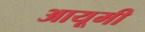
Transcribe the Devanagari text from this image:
आयूमी